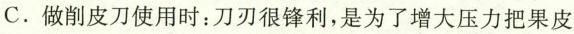
C.做削皮刀使用时：刀刃很锋利，是为了增大压力把果皮